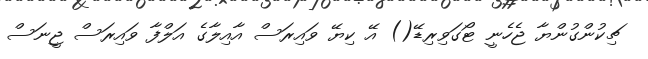
ޗިކުންގުންޔާ ޖެހެނީ ޓޯގަވިރިޑޭ() އޭ ކިޔޭ ވައިރަސް އާއިލާގެ އަލްފާ ވައިރަސް ޖީނަސް